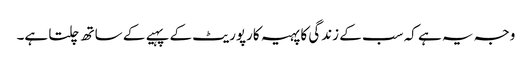
وجہ یہ ہے کہ سب کے زندگی کا پہیہ کارپوریٹ کے پہیے کے ساتھ چلتا ہے۔